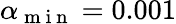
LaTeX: \alpha_{\mathrm{~m~i~n~}}=0.001